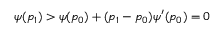
\psi ( p _ { 1 } ) > \psi ( p _ { 0 } ) + ( p _ { 1 } - p _ { 0 } ) \psi ^ { \prime } ( p _ { 0 } ) = 0